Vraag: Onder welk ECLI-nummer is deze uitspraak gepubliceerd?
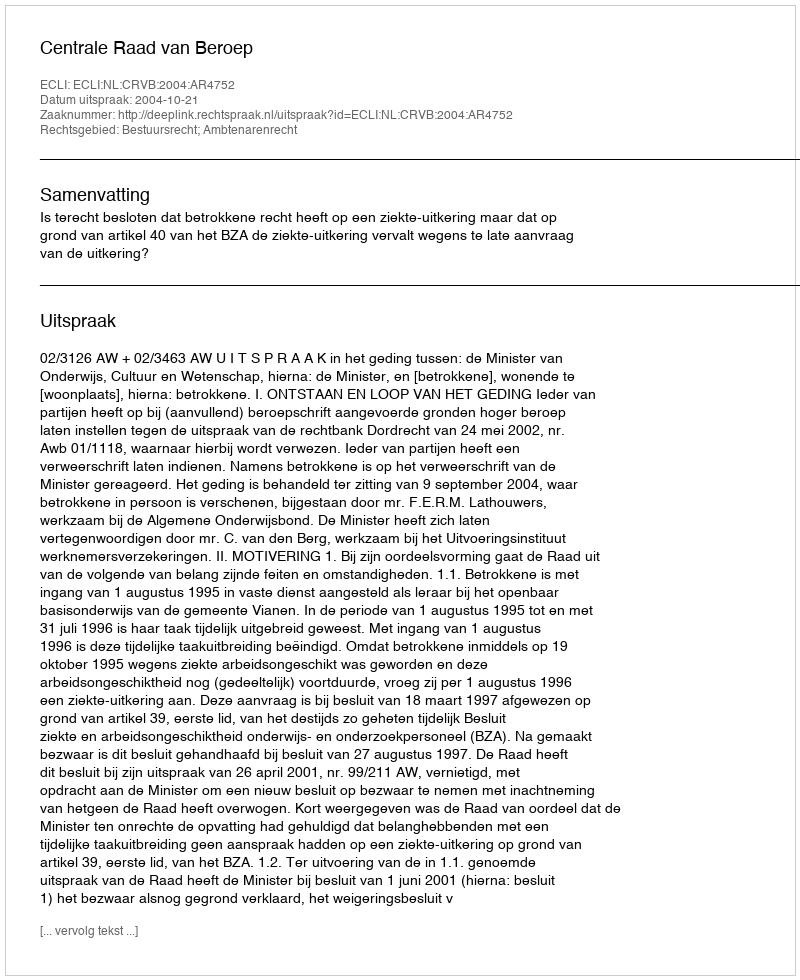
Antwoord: ECLI:NL:CRVB:2004:AR4752